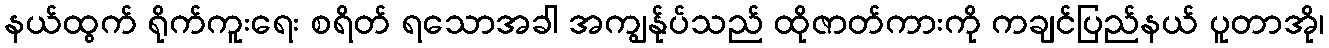
နယ်ထွက် ရိုက်ကူးရေး စရိတ် ရသောအခါ အကျွန်ုပ်သည် ထိုဇာတ်ကားကို ကချင်ပြည်နယ် ပူတာအို၊